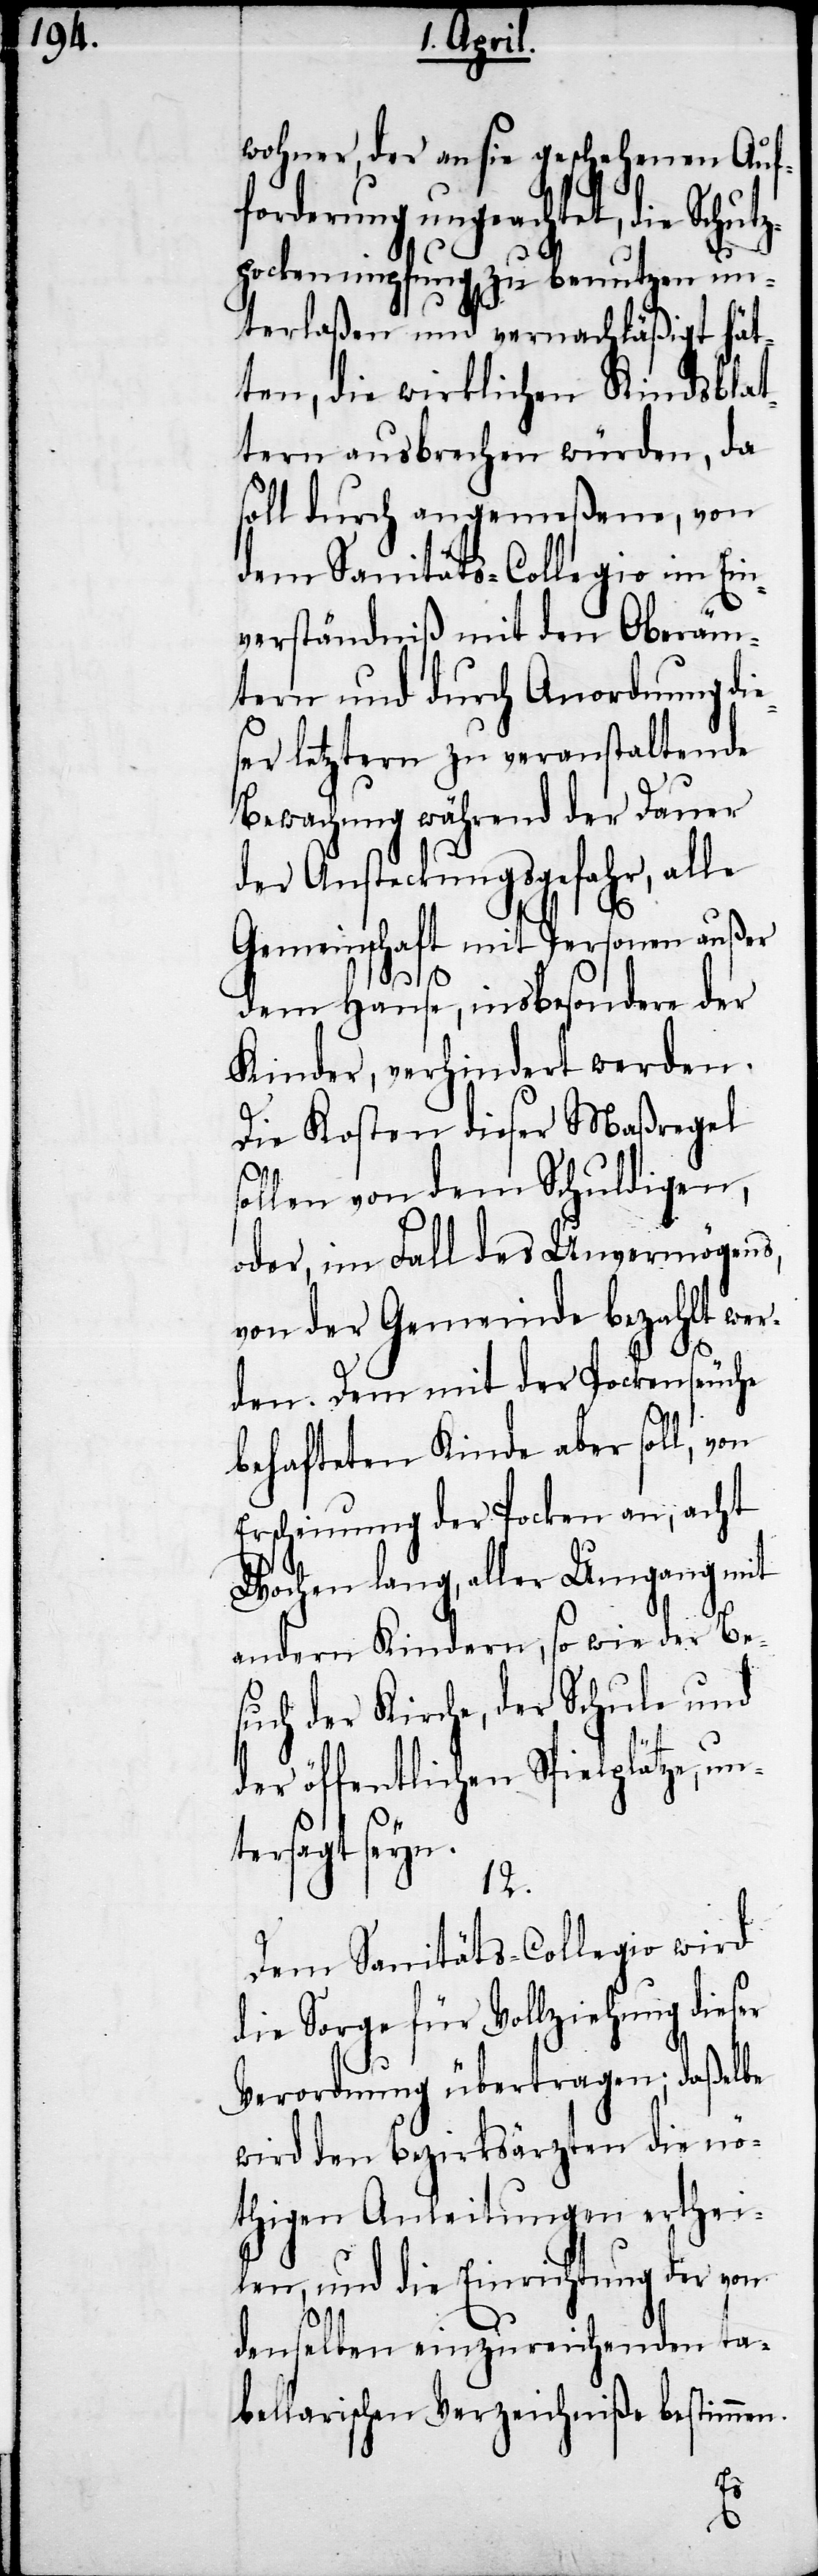
wohner, der an sie geschehenen Auf¬
derung ungeachtet, die Sch¬
zpockenimpfung zu benutzen un¬
terlaßen und vernachläßigt hät¬
ten, die wirklichen Kindsblat¬
tern ausbrechen würden, da
soll durch angemeßene, von
dem Sanitäts-Collegio im Ein¬
verständniß mit den Oberäm¬
tern und durch Anordnung di¬
ser letztern zu veranstaltende
Bewachung während der Dauer
der Ansteckungsgefahr, alle
Gemeinschaft mit Personen außer
dem Hause, insbesondern der
Kinder, verhindert werden.
Die Kosten dieser Maßregel
sollen von dem Schuldigen,
oder, im Fall des Unvermögens,
von der Gemeinde bezahlt wer¬
den. Dem mit der Pockenseuche
behafteten Kinde aber soll, von
Erscheinung der Pocken an, acht
Wochen lang, aller Umgang mit
andern Kindern, so wie der Be¬
such der Kirche, der Schule und
der öffentlichen Spielplätze, u¬
ntersagt seyn.
12.
Dem Sanitäts-Collegio wird
die Sorge für Vollziehung dieser
Verordnung übertragen; daßelbe
wird den Bezirksärzten die nö¬
thigen Anleitungen erthei¬
len, und die Einrichtung der von
denselben einzureichenden ta¬
bellarischen Verzeichniße bestimmen.
e¬